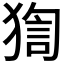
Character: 𤟼